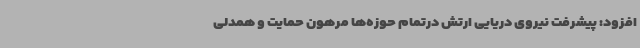
افزود: پیشرفت نیروی دریایی ارتش درتمام حوزه‌ها مرهون حمایت و همدلی